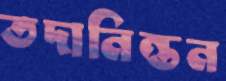
তদানিন্তন